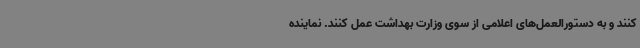
کنند و به دستورالعمل‌های اعلامی از سوی وزارت بهداشت عمل کنند. نماینده